Leaving Certificate Examination (including Day School Certificate (Higher) General paper), 1935
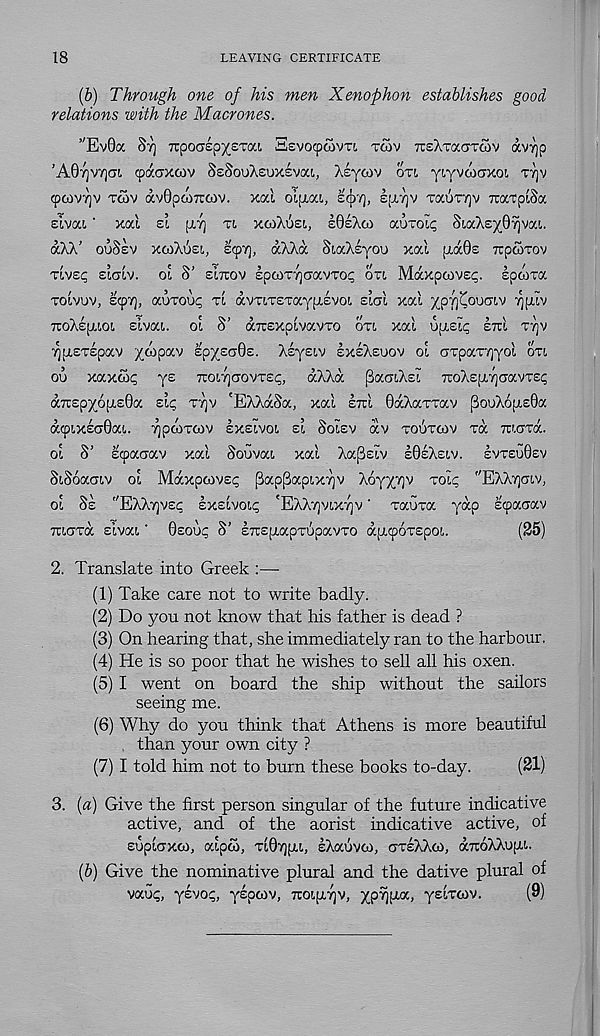
18
LEAVING CERTIFICATE
(b) Through one of his men Xenophon establishes good
relations with the Macrones.
’'EvGoc ST] Ttpoaep^sTm SevocpcovTi, T£>V TISXTOCCTCOV avrjp
’A0r)V7)(T!, cpacrxoiv SsSouXsuxsvai, Asycov OTI yLYVoiaxoi TTJV
cpcov/jv TCOV avGpcoTrcov. xal olpiai, SOY], itirjv xauTYjv icatplSa
slvat. ‘ xal si \):T\ TI XOIXUSL, sGeXto auxolp SiaXeyGvivai.
aXX’ ouSev XOIXUSL, scpy], aXXa SiaXsyou xal (xa0£ TupoiTov
xlvsp SICTLV. ol S’ EITTOV IpcoTTjaavTo^ ou Maxpcovec;. Ipoora
TOlvi)v, Ecpvj, auToop T'I avxiTSTayfxsvot, slcl xal ypyj^ouOTv ^pilv
7roXe[i,i,ot, slvai. ol S’ anexplvavTO OTI xal uiLslp era TY]V
•^pisTspav yoopav spysoGs. Xsyeiv exeXeuov ol orpaTyyol OTI
ou xaxok ye TroLyaovTec, aXXa SaciXel TToXsptyaavTsp
aTcepyopieGa eip TYJV 'EXXdSa, xal era GdXaxTav ^ouXopteGa
dcpixeaGai. ypcoxoiv exelvoi el Solev dv xouxtov xd Tttcrxd.
ol S’ ecpaaav xal Souvai xal Xa[3eiv eGeXetv. IvxeuGev
SiSoaoiv ol Mdxpcovep [iappapixrjv Xoyyyv xolc "EXXY)a!,v,
ol Se "EXXTjvep exelvoic 'EXXyvixyv' xauxa yap ecpacrav
Tuaxa elvat,' Geoup S’ eTrepiapxupavTo dptqjoxepot,.
(25)
2. Translate into Greek :—
(1) Take care not to write badly.
(2) Do you not know that his father is dead ?
(3) On hearing that, she immediately ran to the harbour.
(4) He is so poor that he wishes to sell all his oxen.
(5) I went on board the ship without the sailors
seeing me.
(6) Why do you think that Athens is more beautiful
than your own city ?
(7) I told him not to burn these books to-day.
(21)
3. (a) Give the first person singular of the future indicative
active, and of the aorist indicative active, of
Euplcrxco, alpco, xlGypu, sXauvco, axeXXco, aTtoXXupi..
(b) Give the nominative plural and the dative plural of
vaup, yevop, yepcov, TOigyv, ypyya, yslxcov.
(9)